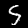
Digit: 5